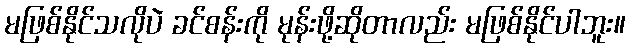
မဖြစ်နိုင်သလိုပဲ ခင်စန်းကို မုန်းဖို့ဆိုတာလည်း မဖြစ်နိုင်ပါဘူး။